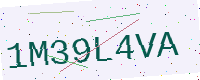
Text: 1M39L4VA